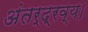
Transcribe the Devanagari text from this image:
अंतर्द्रव्य।